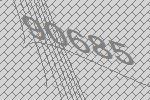
90685